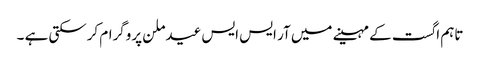
تاہم اگست کے مہینے میں آر ایس ایس عید ملن پروگرام کرسکتی ہے ۔